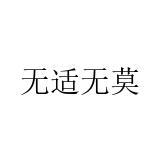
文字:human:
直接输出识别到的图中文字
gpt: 无适无莫